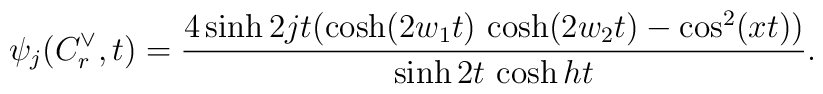
\psi _{j}(C_{r}^{\vee },t)=\frac{4\sinh 2jt(\cosh (2w_{1}t)\,\cosh(2w_{2}t)-\cos ^{2}(xt))}{\sinh 2t\,\cosh ht}.